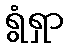
ရွံရှာ